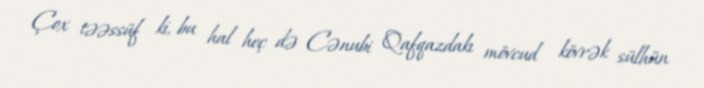
Çox təəssüf ki, bu hal heç də Cənubi Qafqazdakı mövcud kövrək sülhün